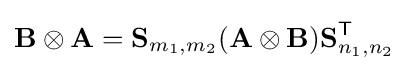
\mathbf {B} \otimes \mathbf {A} =\mathbf {S} _{m_{1},m_{2}}(\mathbf {A} \otimes \mathbf {B} )\mathbf {S} _{n_{1},n_{2}}^{\textsf {T}}